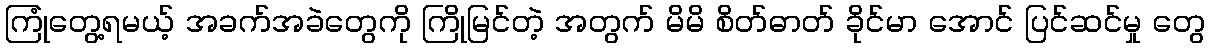
ကြုံတွေ့ရမယ့် အခက်အခဲတွေကို ကြိုမြင်တဲ့ အတွက် မိမိ စိတ်ဓာတ် ခိုင်မာ အောင် ပြင်ဆင်မှု တွေ